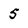
Character: 5